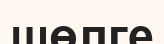
шөлге